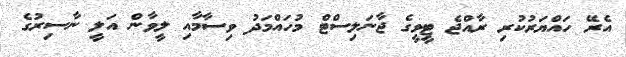
އެރޭ ހައްޔަރުކުރި ރާއްޖެ ޓީވީގެ ޖާނަލިސްޓް މުހައްމަދު ވިސާމާއި ލީވާން އަލީ ނާސިރުގެ